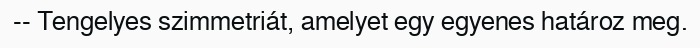
-- Tengelyes szimmetriát, amelyet egy egyenes határoz meg.